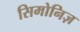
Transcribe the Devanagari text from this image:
सिमोनिज़